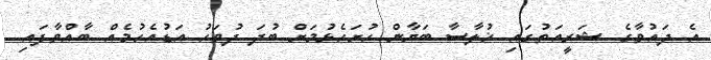
އެ ދައުވާގެ ޝަރީއަތުގައި ޚުލާސާ ބަޔާން ހުށަހެޅުމަށް ބުދަ ދުވަހު އަޑުއެހުމެއް ބާއްވާފައި